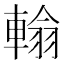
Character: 𨍚